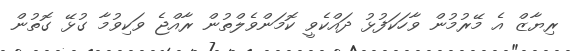
ރިޔާޒް އެ މޭރުުމުން ވާހަކަފުޅު ދައްކެވީ ކޮމަންވެލްތުން ރާއްޖެ ވަކިވުމާ ގުޅޭ ގޮތުން